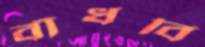
বাঁধবি